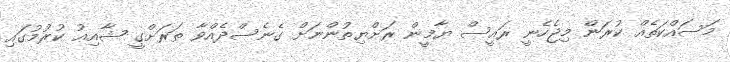
މަސައްކަތެއް ކުރަން މިޖެހެނީ ރައީސް ޔާމީން ރަށްޔިތުންނަށް ގެނެސްދެއްވާ ތަރަށްގީ ޝާއިއު ކުރުމުގައި